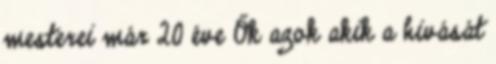
mesterei már 20 éve Ők azok akik a hivását